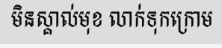
មិនស្គាល់មុខ លាក់ទុកក្រោម